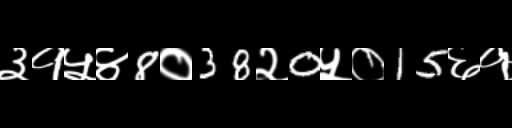
Text: ३१५४8०38२0५०15६१